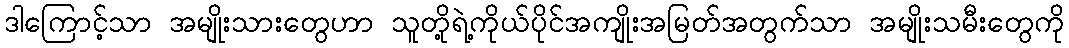
ဒါကြောင့်သာ အမျိုးသားတွေဟာ သူတို့ရဲ့ကိုယ်ပိုင်အကျိုးအမြတ်အတွက်သာ အမျိုးသမီးတွေကို